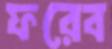
ফরেব